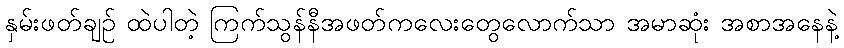
နှမ်းဖတ်ချဉ် ထဲပါတဲ့ ကြက်သွန်နီအဖတ်ကလေးတွေလောက်သာ အမာဆုံး အစာအနေနဲ့